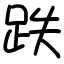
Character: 跌